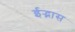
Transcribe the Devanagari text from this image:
ईद्भास